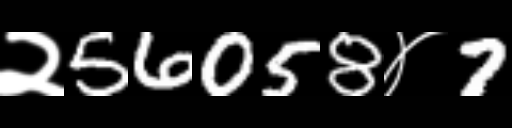
Text: २56058४7